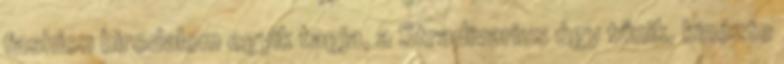
fashion birodalom egyik tagja, a Stradivarius úgy tűnik, kinézte